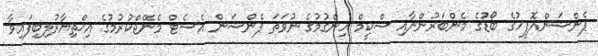
ޕެންޝަންއޮފީހުގެ ބޯޑުގެ މެންބަރުންނާއި ސްކީމް ހިންގުމުގެ ނުވަތަ ޕެންޝަން އެސެޓް މެނޭޖްކުރުމުގެ އިޚްތިޔާރުލިބިފައިވާ